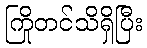
ကြိုတင်သိရှိပြီး